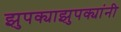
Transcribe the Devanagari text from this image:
झुपक्याझुपक्यांनी